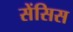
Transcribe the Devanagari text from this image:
सेंसिस